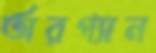
অরগ্যান